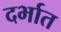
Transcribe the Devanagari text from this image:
दर्भात